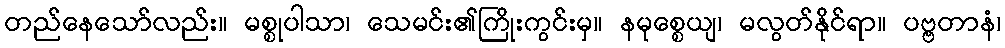
တည်နေသော်လည်း။ မစ္စုပါသာ၊ သေမင်း၏ကြိုးကွင်းမှ။ နမုစ္စေယျ၊ မလွတ်နိုင်ရာ။ ပဗ္ဗတာနံ၊